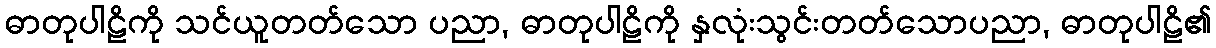
ဓာတုပါဠိကို သင်ယူတတ်သော ပညာ, ဓာတုပါဠိကို နှလုံးသွင်းတတ်သောပညာ, ဓာတုပါဠိ၏